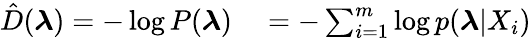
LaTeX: \begin{array}{rl}{\hat{D}(\boldsymbol{\lambda})=-\log P(\boldsymbol{\lambda})}&{{}=-\sum_{i=1}^{m}\log p(\boldsymbol{\lambda}|X_{i})}\end{array}